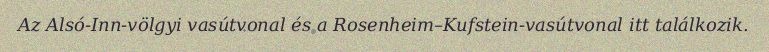
Az Alsó-Inn-völgyi vasútvonal és a Rosenheim–Kufstein-vasútvonal itt találkozik.